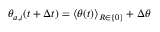
\theta _ { a , i } ( t + \Delta t ) = { \langle \theta ( t ) \rangle } _ { R \in \{ 0 \} } + \Delta \theta